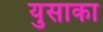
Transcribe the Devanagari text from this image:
युसाका